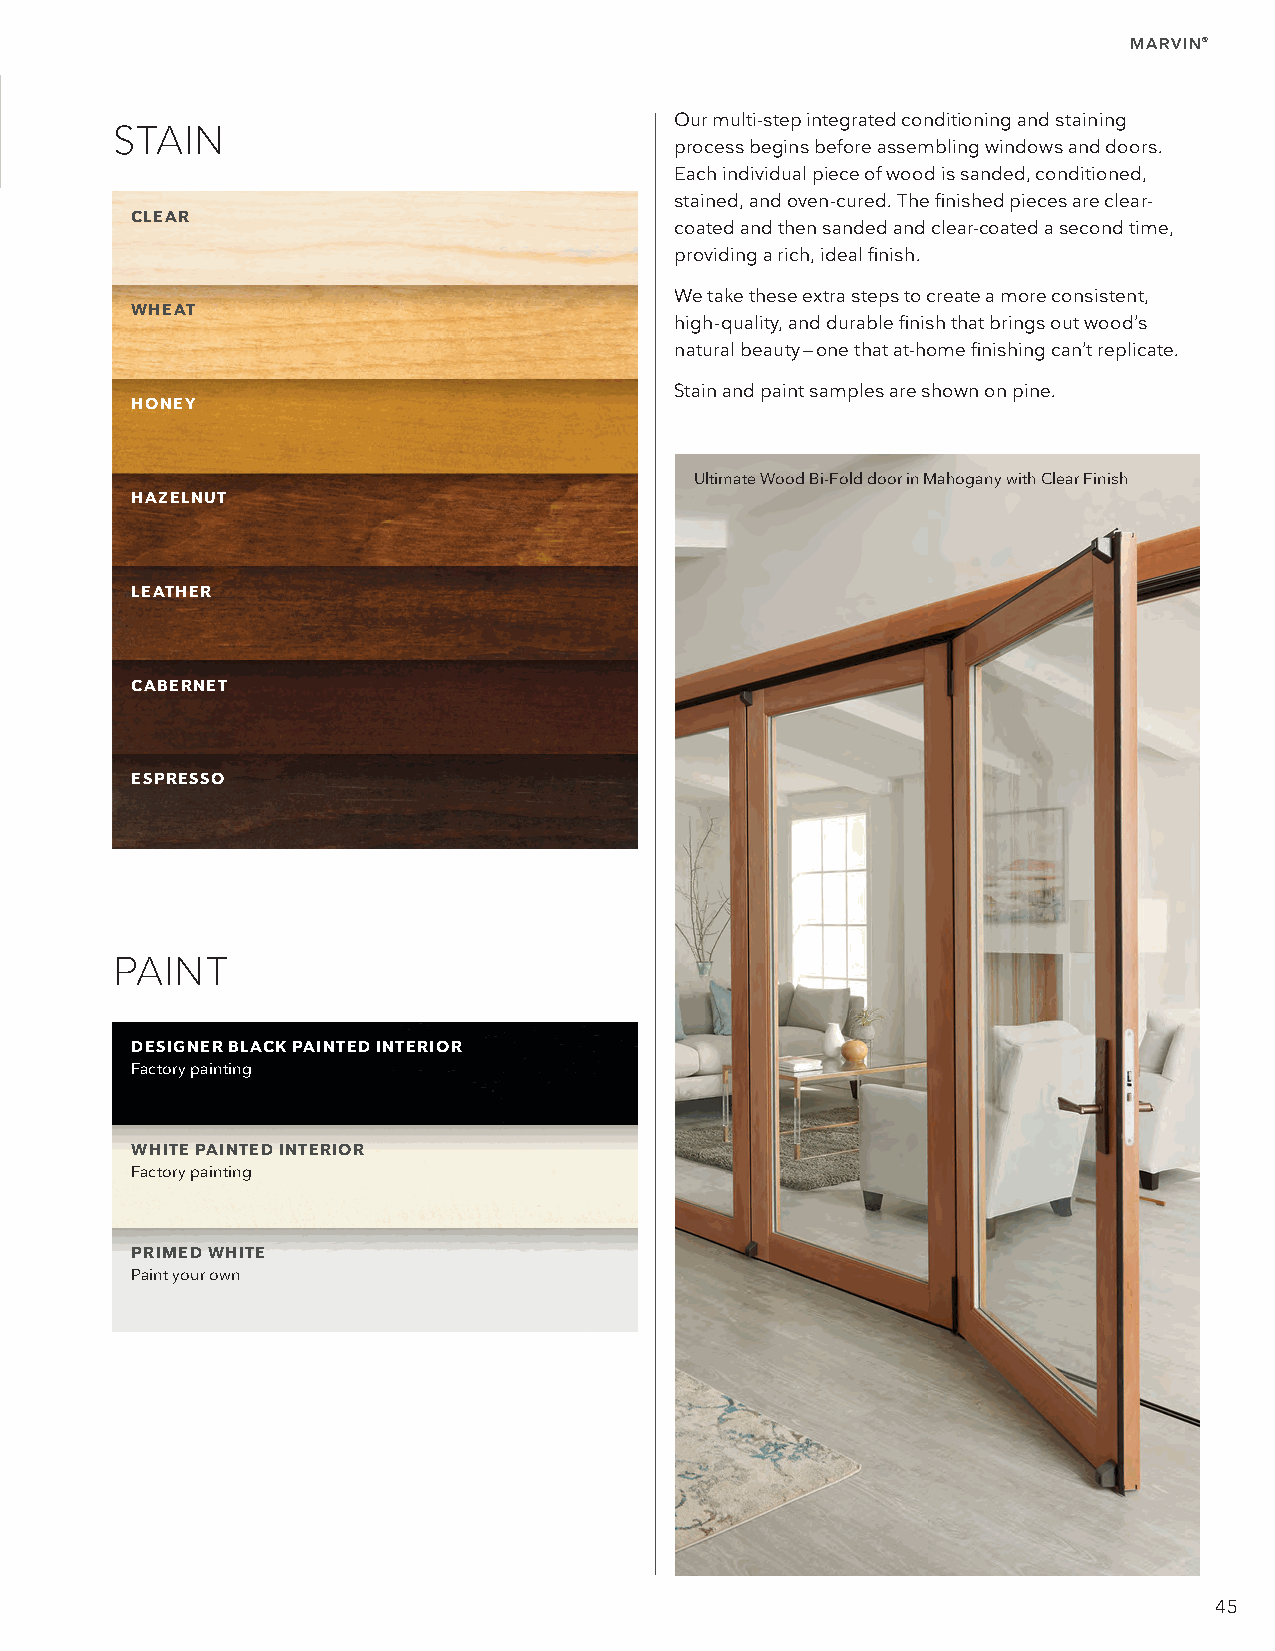
MARVIN®
 Our multi-step integrated conditioning and staining
 STAIN
 process begins before assembling windows and doors.
 Each individual piece of wood is sanded, conditioned,
 stained, and oven-cured. The finished pieces are clear-
 CLEAR
 coated and then sanded and clear-coated a second time,
 providing a rich, ideal finish.
 We take these extra steps to create a more consistent,
 WHEAT
 high-quality, and durable finish that brings out wood’s
 natural beauty — one that at-home finishing can’t replicate.
 Stain and paint samples are shown on pine.
 HONEY
 Ultimate Wood Bi-Fold door in Mahogany with Clear Finish
 HAZELNUT
 LEATHER
 CABERNET
 ESPRESSO
 PAINT
 DESIGNER BLACK PAINTED INTERIOR
 Factory painting
 WHITE PAINTED INTERIOR
 Factory painting
 PRIMED WHITE
 Paint your own
 45